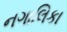
નગાલિકા